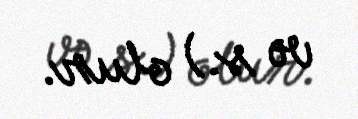
və s.) olur.